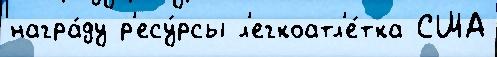
награ́ду р'есу́рсы л'егкоатл'е́тка США